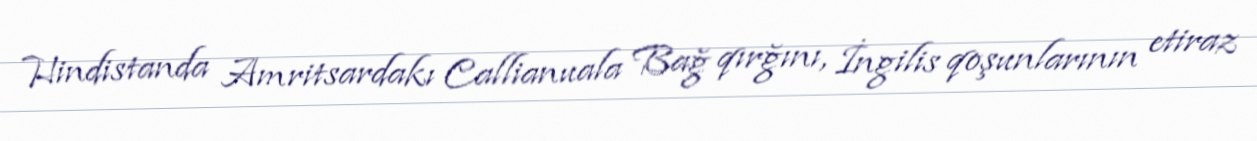
Hindistanda Amritsardakı Callianuala Bağ qırğını, İngilis qoşunlarının etiraz